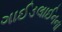
ગાઈડલાઈનના